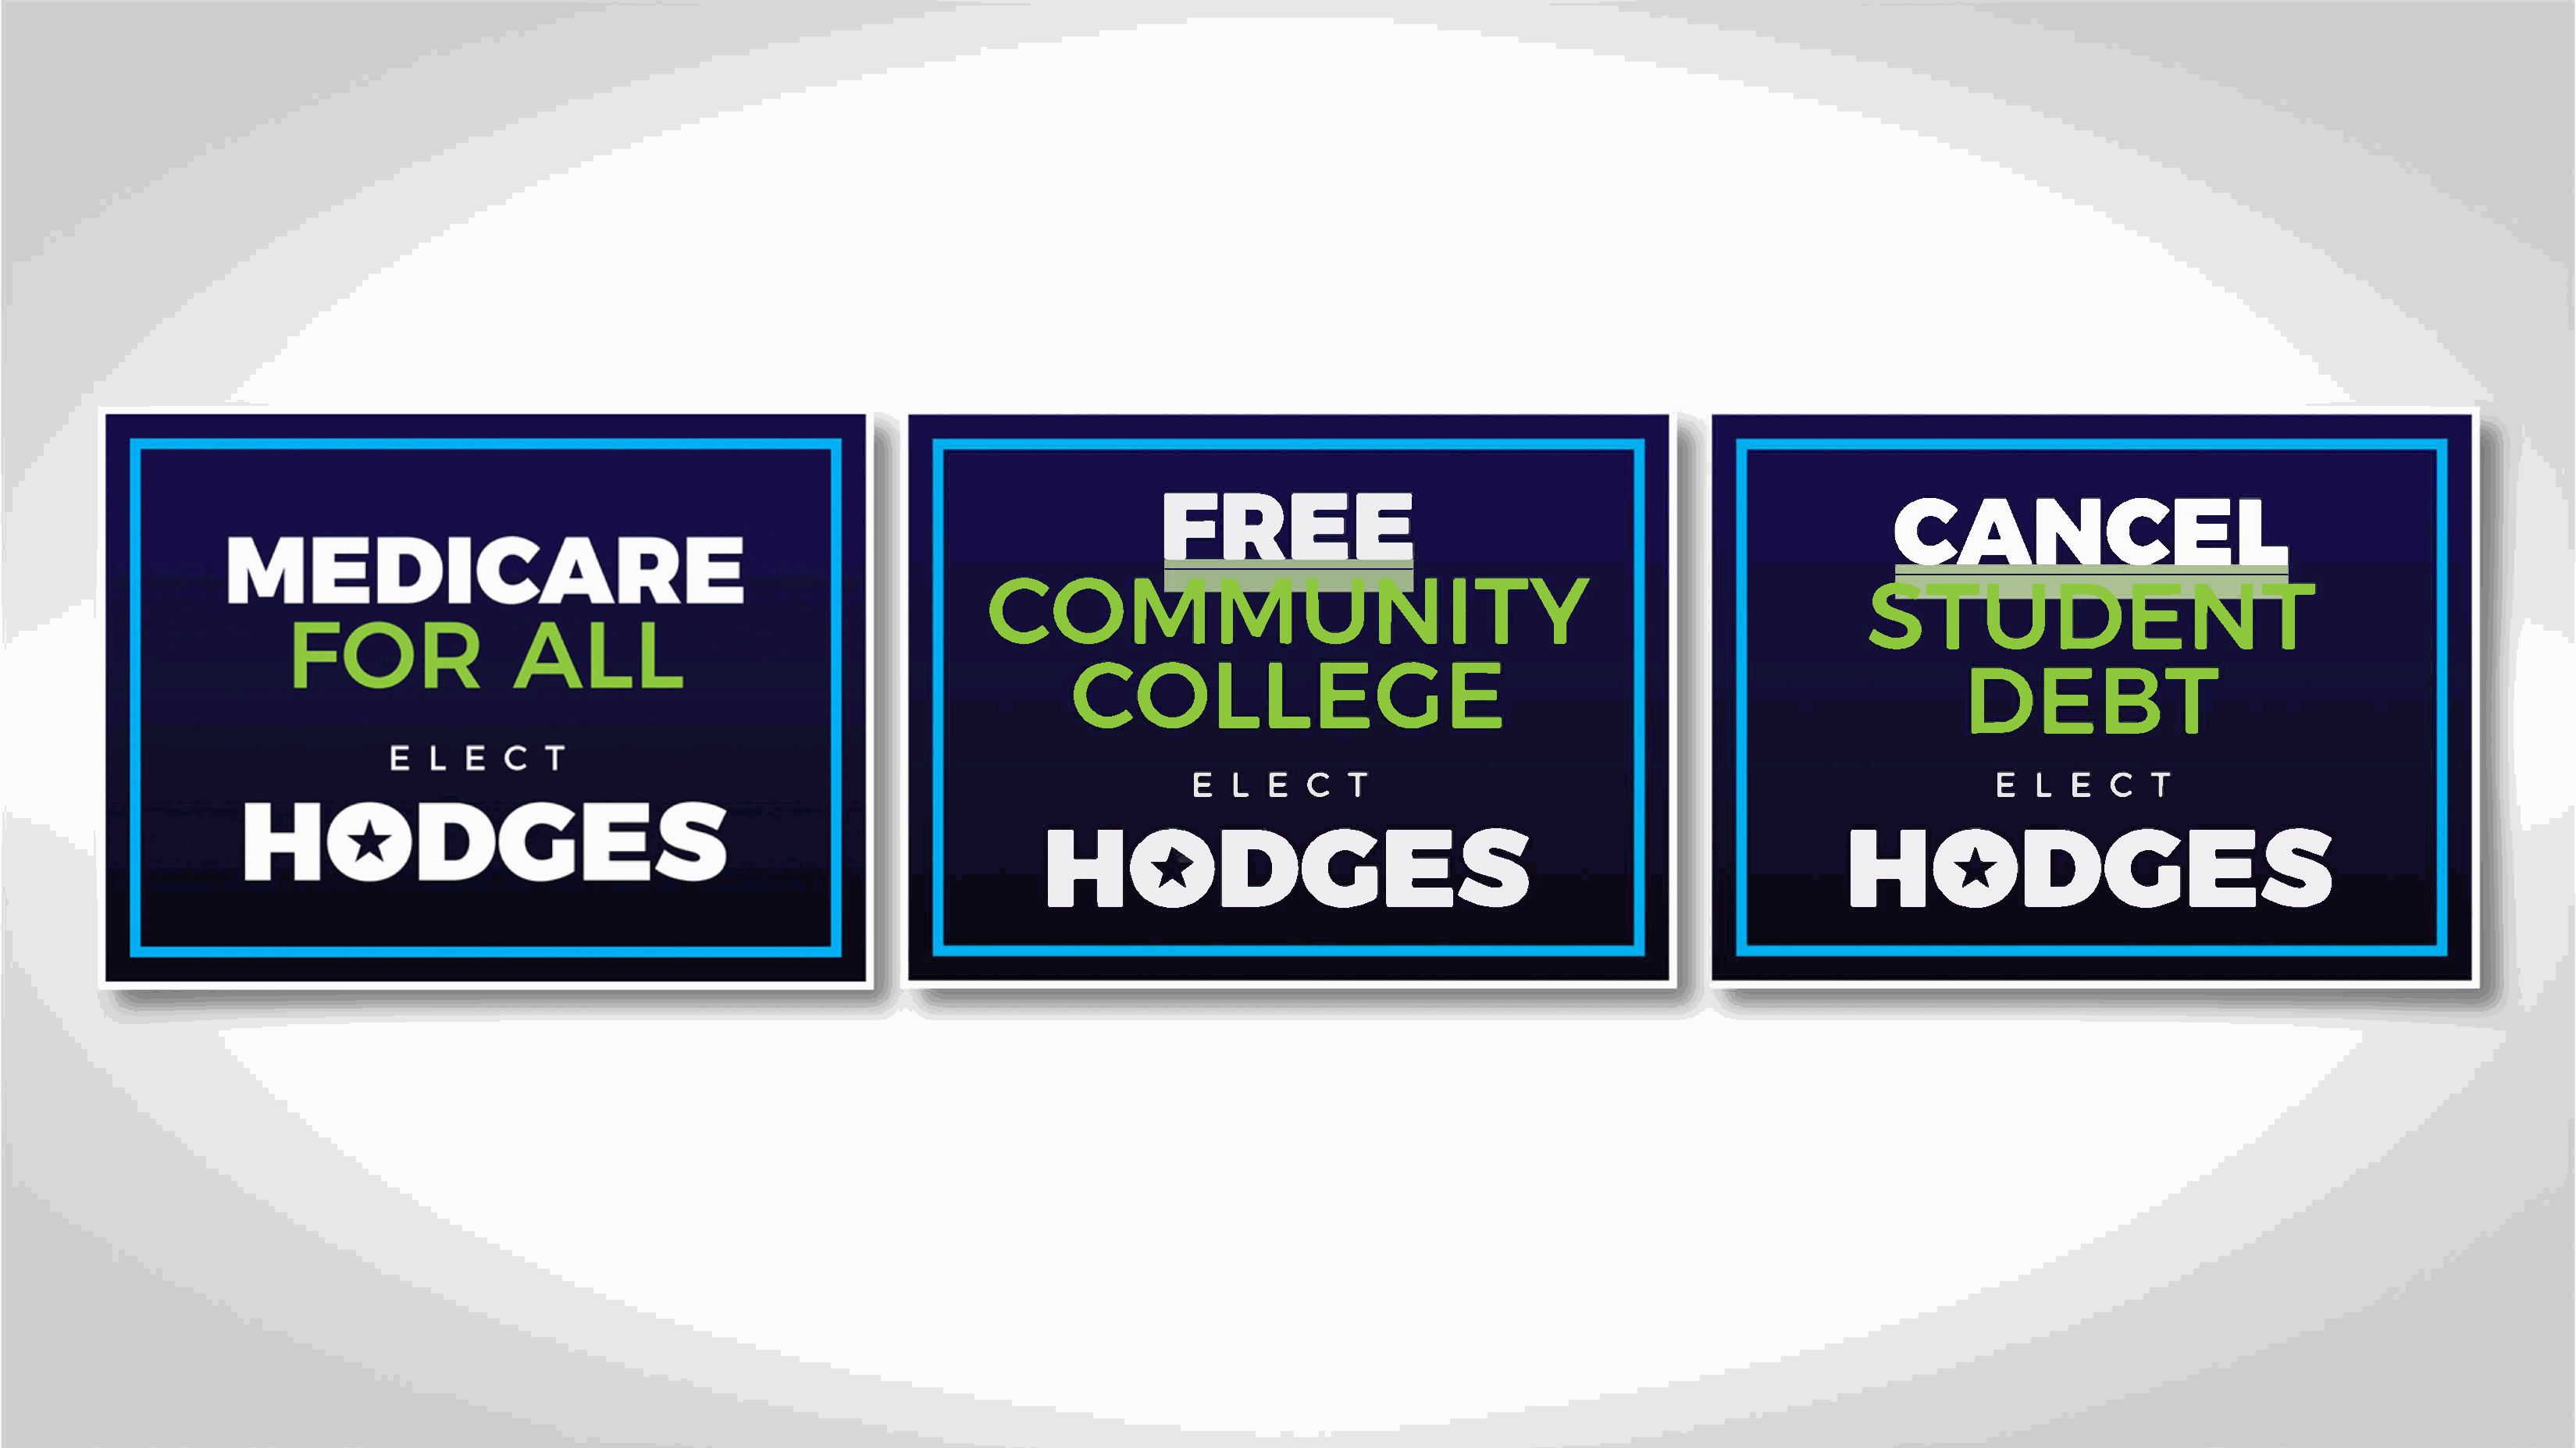
CANCEL
 FREE
 COMMUNITY
 STUDENT
 COLLEGE
 DEBT
 ELECT                                                               ELECT
 ·        HODGES                                            .                 HODGES